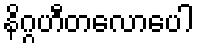
နိဂ္ဂဟီတလောပေါ